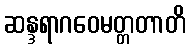
ဆန္ဒရာဂဝေမတ္တတာတိ